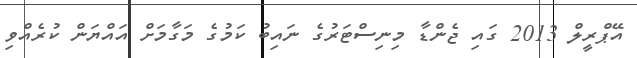
އޭޕްރީލް 2013 ގައި ޖެންޑާ މިނިސްޓަރުގެ ނައިބު ކަމުގެ މަގާމަށް އައްޔަން ކުރެއްވި